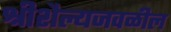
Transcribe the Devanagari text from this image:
श्रीशैल्यजवळील